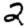
Digit: 2